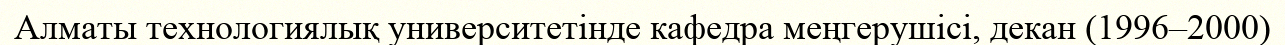
Алматы технологиялық университетінде кафедра меңгерушісі, декан (1996–2000)